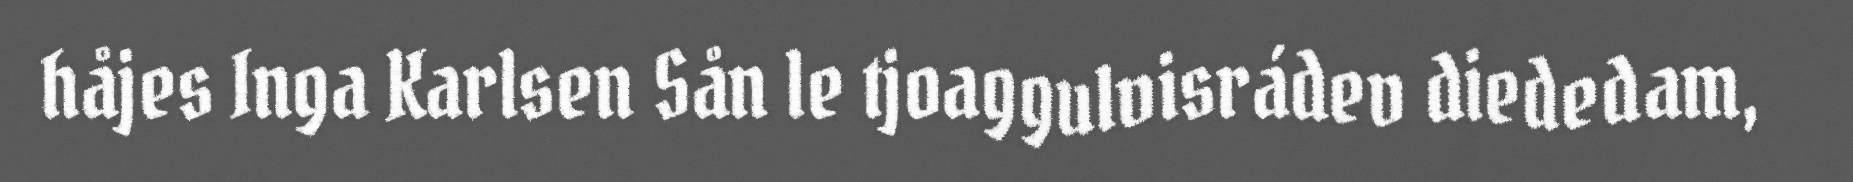
håjes Inga Karlsen Sån le tjoaggulvisrádev diededam,